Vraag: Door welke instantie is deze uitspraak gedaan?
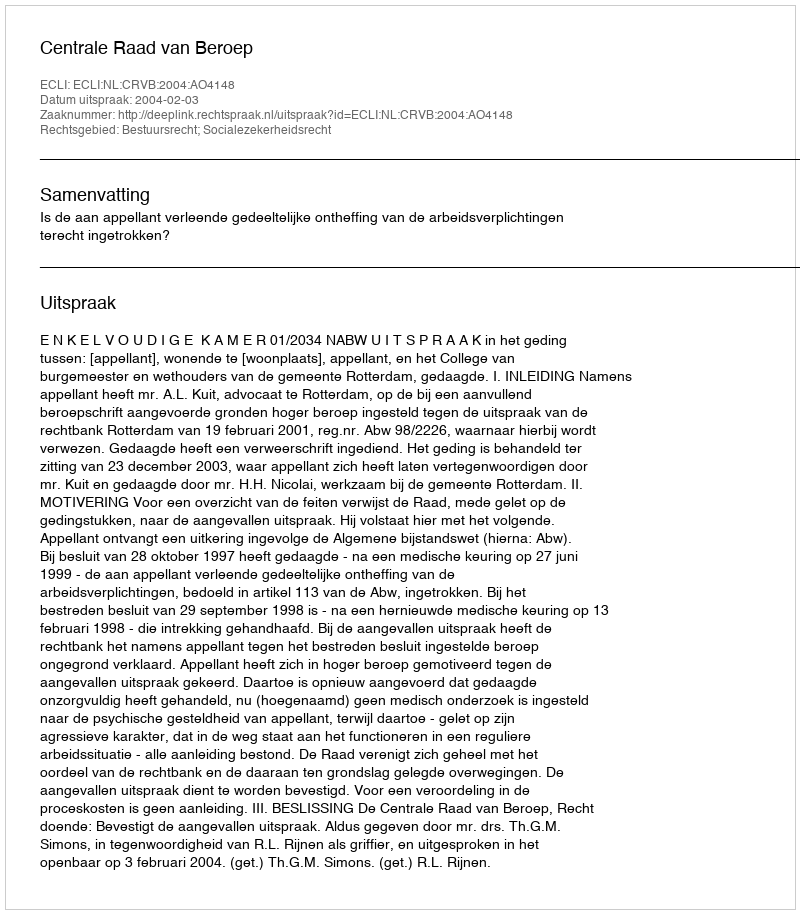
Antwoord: Centrale Raad van Beroep